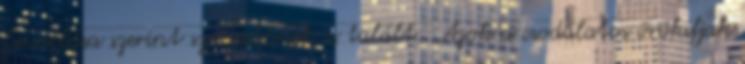
bevallása szerint szexisebbnek is talált.: Azok a csodálatos örökifjak